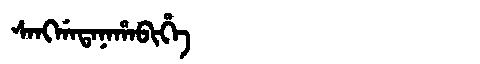
Manchu: ᠰᠠᠩᡤᠠᡨᠠᠨᠠᡥᠠᠪᡳᡥᡝ
Romanization: SANGGATANAHABIHE